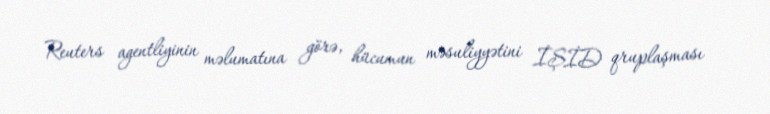
Reuters agentliyinin məlumatına görə, hücumun məsuliyyətini İŞİD qruplaşması